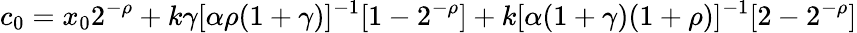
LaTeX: c_{0}=x_{0}2^{-\rho}+k\gamma[\alpha\rho(1+\gamma)]^{-1}[1-2^{-\rho}]+k[\alpha(1+\gamma)(1+\rho)]^{-1}[2-2^{-\rho}]